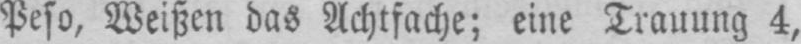
Peso, Weißen das Achtfache; eine Trauung 4,